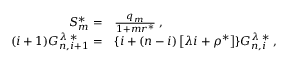
\begin{array} { r l } { S _ { m } ^ { * } = } & { { } \frac { q _ { m } } { 1 + m r ^ { * } } \; , } \\ { ( i + 1 ) G _ { n , i + 1 } ^ { \lambda \; * } = } & { { } \lbrace i + ( n - i ) \left[ \lambda i + \rho ^ { * } \right] \rbrace G _ { n , i } ^ { \lambda \; * } \; , } \end{array}